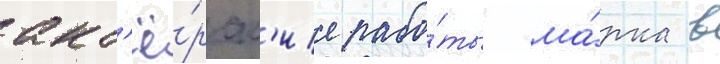
акт'ё́рск'ие рабо́ты ма́рка в